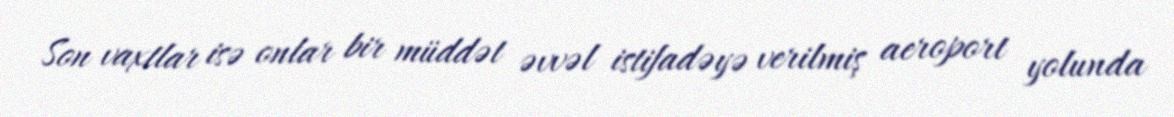
Son vaxtlar isə onlar bir müddət əvvəl istifadəyə verilmiş aeroport yolunda